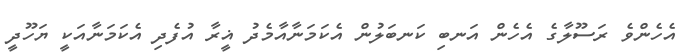
އެހެންވެ ރަސޫލާގެ އެހެން އަނބި ކަނބަލުން އެކަމަނާއާމެދު ޣީރާ އުފެދި އެކަމަނާއަކީ ޔަހޫދީ